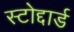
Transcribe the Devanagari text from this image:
स्टोद्दार्ड